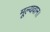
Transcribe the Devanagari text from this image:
मूल्यवान।